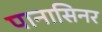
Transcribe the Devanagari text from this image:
पानासिनर